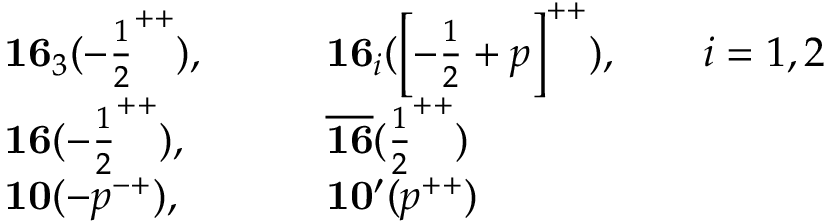
\begin{array} { l l } { { { \bf 1 6 } _ { 3 } ( - { \frac { 1 } { 2 } } ^ { + + } ) , \qquad } } & { { { \bf 1 6 } _ { i } ( \left[ - { \frac { 1 } { 2 } } + p \right] ^ { + + } ) , \qquad i = 1 , 2 } } \\ { { { \bf 1 6 } ( - { \frac { 1 } { 2 } } ^ { + + } ) , \qquad } } & { { { \bf \overline { { { 1 6 } } } } ( { \frac { 1 } { 2 } } ^ { + + } ) } } \\ { { { \bf 1 0 } ( - p ^ { - + } ) , \qquad } } & { { { \bf 1 0 ^ { \prime } } ( p ^ { + + } ) } } \end{array}